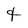
Character: t